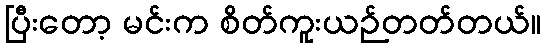
ပြီးတော့ မင်းက စိတ်ကူးယဉ်တတ်တယ်။